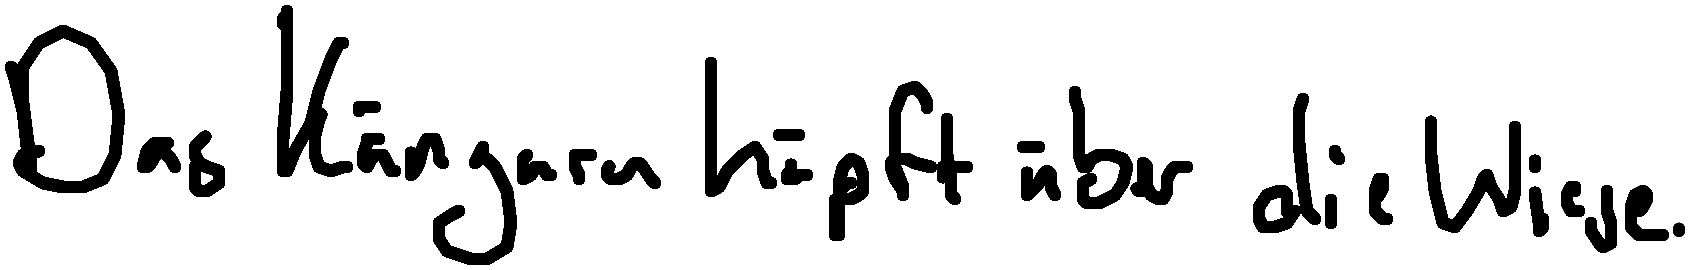
Das Känguru hüpft über die Wiese.